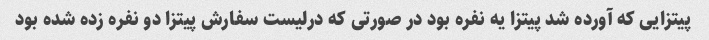
پیتزایی که آورده شد پیتزا یه نفره بود در صورتی که درلیست سفارش پیتزا دو نفره زده شده بود